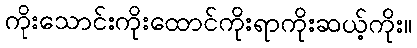
ကိုးသောင်းကိုးထောင်ကိုးရာကိုးဆယ့်ကိုး။